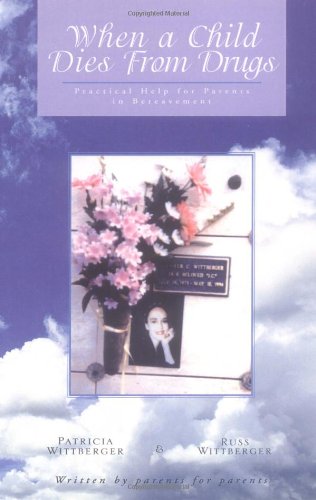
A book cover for When a Child Dies from Drugs: Practical Help for Parents in Bereavement; Pat Wittberger; Politics & Social Sciences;